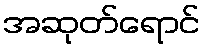
အဆုတ်ရောင်